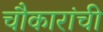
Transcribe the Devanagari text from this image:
चौकारांची